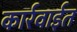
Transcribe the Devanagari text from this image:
कार्रवाईत